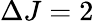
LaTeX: \Delta J=2